Lunatic asylums Central Provinces reports 1874-1885 - 1874-1885
Year: 1874
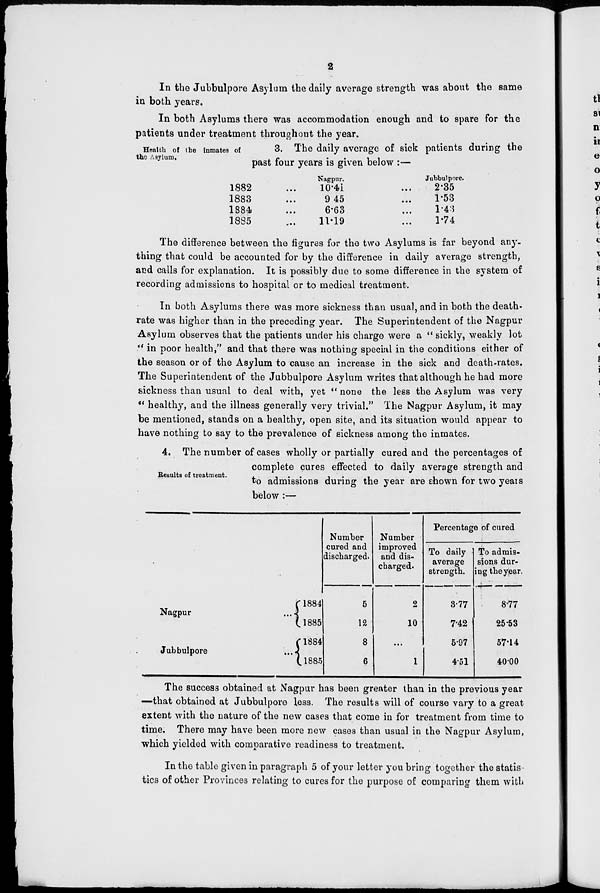
2
Health of the inmates of
the Asylum.
In the Jubbulpore Asylum the daily average strength was about the same
in both years.
In both Asylums there was accommodation enough and to spare for the
patients under treatment throughout the year.
3. The daily average of sick patients during the
past four years is given below :—
1882 ...
1883 ...
1884 ...
1885 ...
Nagpur.
10.41 ...
9.45 ...
6.63 ...
11.19 ...
Jubbulpore.
2.35
1.53
1.43
1.74
The difference between the figures for the two Asylums is far beyond any-
thing that could be accounted for by the difference in daily average strength,
and calls for explanation. It is possibly due to some difference in the system of
recording admissions to hospital or to medical treatment.
In both Asylums there was more sickness than usual, and in both the death-
rate was higher than in the preceding year. The Superintendent of the Nagpur
Asylum observes that the patients under his charge were a " sickly, weakly lot
" in poor health," and that there was nothing special in the conditions either of
the season or of the Asylum to cause an increase in the sick and death-rates.
The Superintendent of the Jubbulpore Asylum writes that although he had more
sickness than usual to deal with, yet "none the less the Asylum was very
" healthy, and the illness generally very trivial." The Nagpur Asylum, it may
be mentioned, stands on a healthy, open site, and its situation would appear to
have nothing to say to the prevalence of sickness among the inmates.
Results of treatment.
4. The number of cases wholly or partially cured and the percentages of
complete cures effected to daily average strength and
to admissions during the year are shown for two years
below :—
Nagpur ...
Jubbulpore ...
1884
1885
1884
1885
Number
cured and
discharged.
5
12
8
6
Number
improved
and dis-
charged.
2
10
...
1
Percentage of cured
To daily
average
strength.
3.77
7.42
5.97
4.51
To admis-
sions dur-
ing the year.
8.77
25.53
57.14
40.00
The success obtained at Nagpur has been greater than in the previous year
—that obtained at Jubbulpore less. The results will of course vary to a great
extent with the nature of the new cases that come in for treatment from time to
time. There may have been more new cases than usual in the Nagpur Asylum,
which yielded with comparative readiness to treatment.
In the table given in paragraph 5 of your letter you bring together the statis-
tics of other Provinces relating to cures for the purpose of comparing them with